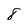
Character: 8